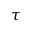
\tau